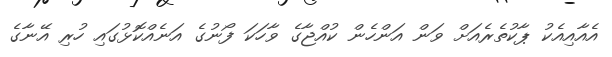
އެއާއިއެކު ޕާކުތެރެއަށް ވަން އަންހެން ކުއްޖާގެ ވާހަކަ ފޯނުގެ އަނެއްކޮޅުގައި ހުރި އޭނާގެ